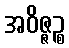
အဝိဇ္ဇဉ္စ